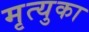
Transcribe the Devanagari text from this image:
मृत्युका